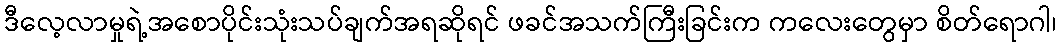
ဒီလေ့လာမှုရဲ့အစောပိုင်းသုံးသပ်ချက်အရဆိုရင် ဖခင်အသက်ကြီးခြင်းက ကလေးတွေမှာ စိတ်ရောဂါ၊